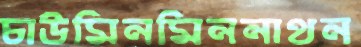
চাউমিনমিননাথন